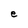
Character: e